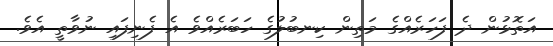
އަތޮޅުން ދެ ފަހަރެއްގެ މަތިން ކިނބުލުގެ ހަބަރެއްވެ އެ ފެނިފައި ނުވާތީ އެވެ.